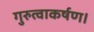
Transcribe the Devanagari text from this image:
गुरुत्वाकर्षण।